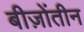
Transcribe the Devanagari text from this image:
बीज़ोंतीन